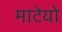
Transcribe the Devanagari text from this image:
माटेयो